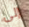
إلى